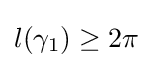
l(\gamma _{1})\geq 2\pi